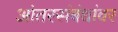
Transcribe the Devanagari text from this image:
आंतरसंबंधांवर